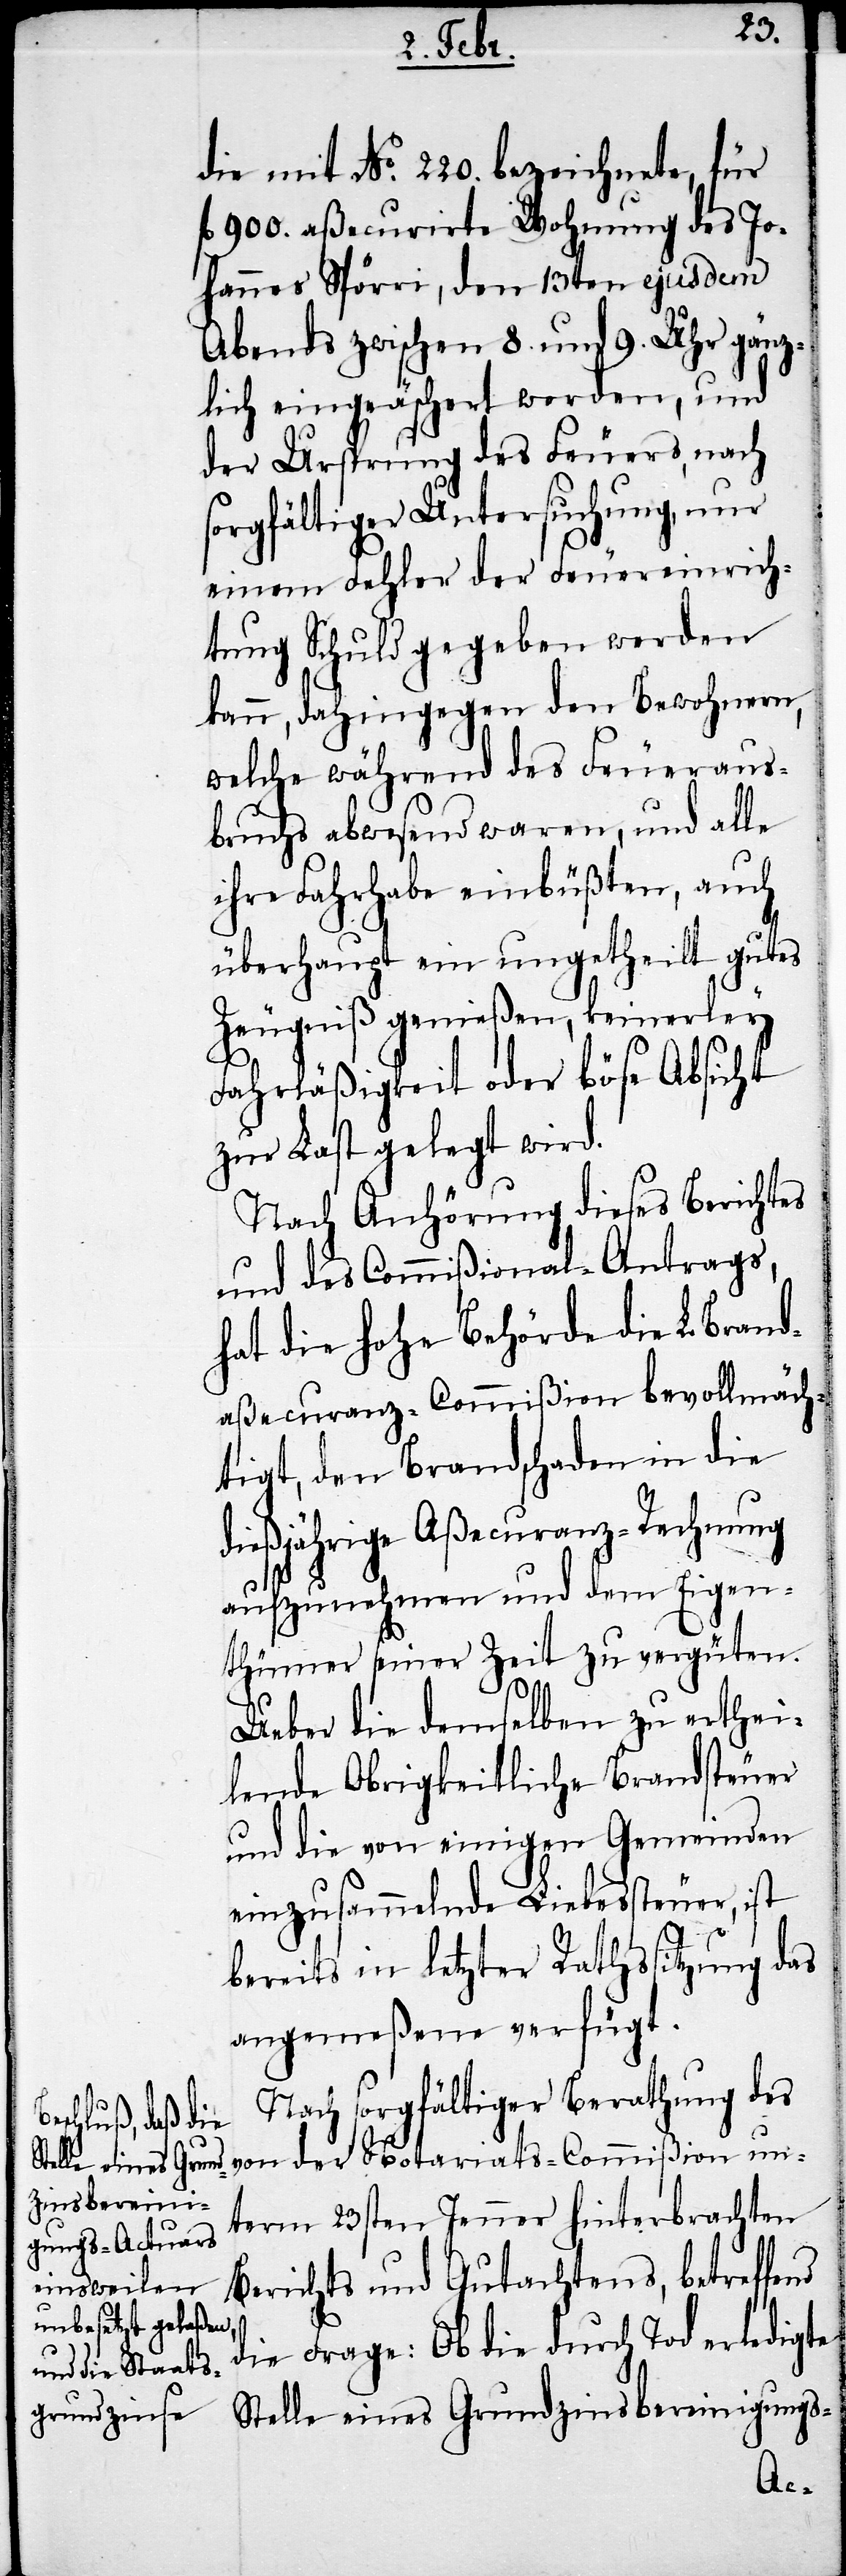
die mit No. 220. bezeichnete, für
900. aßecurirte Wohnung des Jo¬
hannes Spörri, den 13ten ejusdem
Abends zwischen 8. und 9. Uhr gänz¬
lich eingeäschert worden, und
der Ursprung des Feuers, nach
sorgfältiger Untersuchung, nur
einem Fehler der Feuereinrich¬
tung Schuld gegeben werden
kann, dahingegen den Bewohnern,
welche während des Feueraus¬
bruchs abwesend waren, und alle
ihre Fahrhabe einbüßten, auch
überhaupt ein ungetheilt gutes
Zeugniß genießen, keinerley
Fahrläßigkeit oder böse Absicht
zur Last gelegt wird.
Nach Anhörung dieses Berichtes
und des Commißional-Antrags,
hat die hohe Behörde die L. Brand¬
aßecuranz-Commißion bevollmäch¬
tigt, den Brandschaden in die
dießjährige Aßecuranz-Rechnung
aufzunehmen und dem Eigen¬
thümer seiner Zeit zu vergüten.
Ueber die demselben zu erthei¬
lende Obrigkeitliche Brandsteuer
und die von einigen Gemeinden
einzusammelnde Liebessteuer, ist
bereits in letzter Rathssitzung das
angemeßene verfügt.
Nach sorgfältiger Berathung des
von der Notariats-Commißion un¬
term 23sten Jenner hinterbrachten
Berichts und Gutachtens, betreffend
die Frage: Ob die durch Tod erledigte
Stelle eines Grundzinsbereinigung-